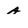
Character: A